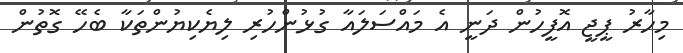
މިހާރު ޕީޖީ އޮފީހުން ދަނީ އެ މައްސަލައާ ގުޅުންހުރި ލިޔެކިޔުންތަކާ ބެހޭ ގޮތުން